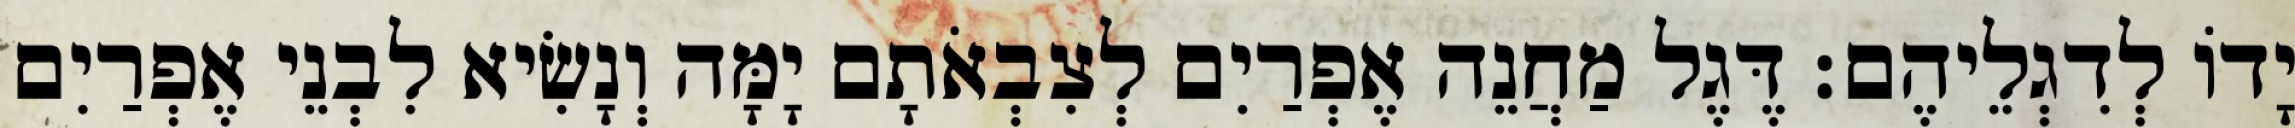
יָדוֹ לְדִגְלֵיהֶם׃ דֶּגֶל מַחֲנֵה אֶפְרַיִם לְצִבְאֹתָם יָמָּה וְנָשִׂיא לִבְנֵי אֶפְרַיִם